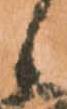
と